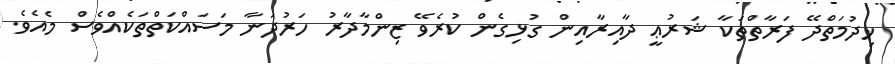
ޚިދުމަތްދޭ ފަރާތްތަކާ ޝަރުޢީ ދާއިރާއިން ގުޅިގެން ކުރެވޭ ޒިންމާދާރު ހަރުދަނާ މަސައްކަތްތަކެއްވެސް މެއެވެ.